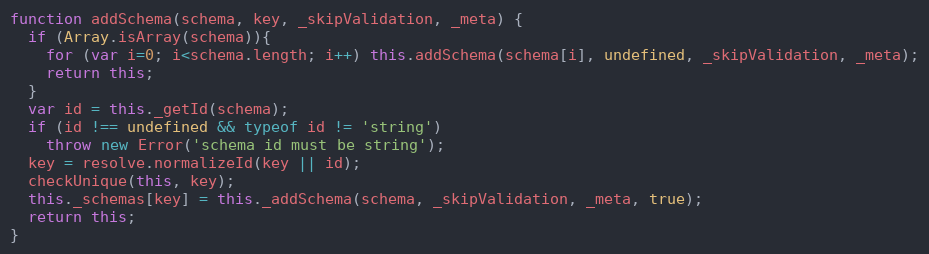
Language: JavaScript
function addSchema(schema, key, _skipValidation, _meta) {
  if (Array.isArray(schema)){
    for (var i=0; i<schema.length; i++) this.addSchema(schema[i], undefined, _skipValidation, _meta);
    return this;
  }
  var id = this._getId(schema);
  if (id !== undefined && typeof id != 'string')
    throw new Error('schema id must be string');
  key = resolve.normalizeId(key || id);
  checkUnique(this, key);
  this._schemas[key] = this._addSchema(schema, _skipValidation, _meta, true);
  return this;
}